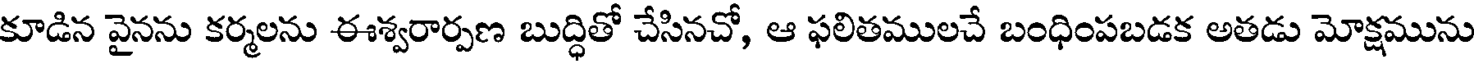
కూడిన వైనను కర్మలను ఈశ్వరార్పణ బుద్ధితో చేసినచో, ఆ ఫలితములచే బంధింపబడక అతడు మోక్షమును